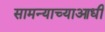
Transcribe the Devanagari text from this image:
सामन्याच्याआधी